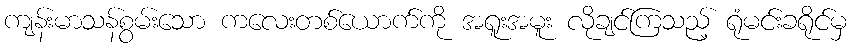
ကျန်းမာသန်စွမ်းသော ကလေးတစ်ယောက်ကို အရူးအမူး လိုချင်ကြသည့် ရုံမင်းခရိုင်မှ